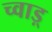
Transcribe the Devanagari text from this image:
च्वाड़्